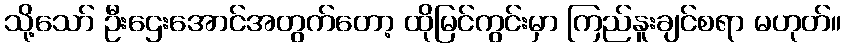
သို့သော် ဦးဌေးအောင်အတွက်တော့ ထိုမြင်ကွင်းမှာ ကြည်နူးချင်စရာ မဟုတ်။